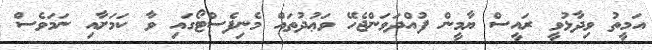
އަމީތު ވިދާޅުވީ ރައީސް ޔާމީން ފުއްދަވަންޖެހޭ ވަޢުދުތައް މެނިފެސްޓޯގައި ވާ ކަމަށާއި ނަމަވެސް